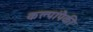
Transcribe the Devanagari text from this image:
कल्पांपैकी